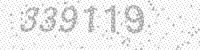
Solution: 339119